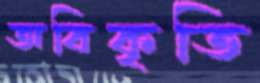
অবিকৃতি